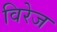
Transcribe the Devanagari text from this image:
विरेज